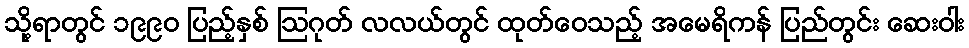
သို့ရာတွင် ၁၉၉၀ ပြည့်နှစ် ဩဂုတ် လလယ်တွင် ထုတ်ဝေသည့် အမေရိကန် ပြည်တွင်း ဆေးဝါး